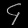
Digit: ၄